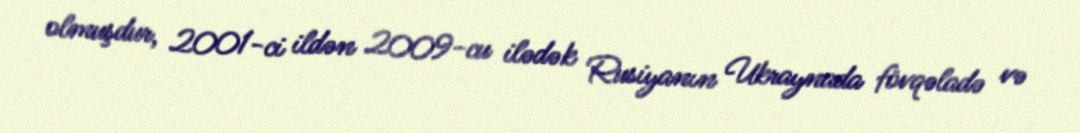
olmuşdur, 2001-ci ildən 2009-cu ilədək Rusiyanın Ukraynada fövqəladə və